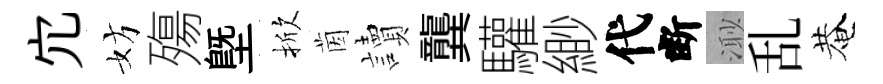
宂妨殤塈掀茵讀龔驩緲代断𣺌乱菴